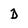
Character: D